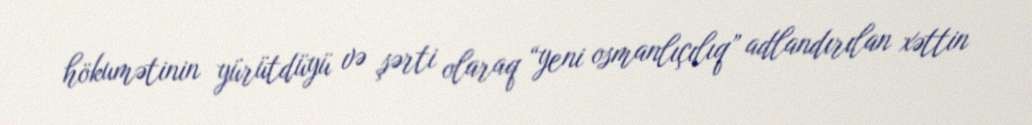
hökumətinin yürütdüyü və şərti olaraq “yeni osmanlıçılıq” adlandırılan xəttin